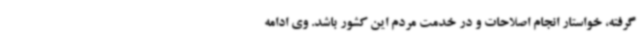
گرفته، خواستار انجام اصلاحات و در خدمت مردم این کشور باشد. وی ادامه